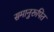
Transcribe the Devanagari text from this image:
समानुरूपित